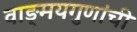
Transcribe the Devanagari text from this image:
वाङ्‌मयगुणांची